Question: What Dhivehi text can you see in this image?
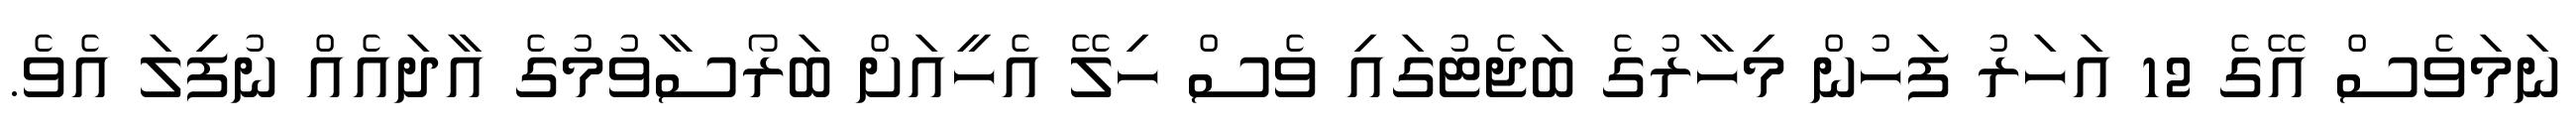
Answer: ނަމަވެސް އޭގެ 12 އަހަރު ފަހުން މިހާރުގެ ބަޖެޓުގައި ވެސް ހިލޭ އެހީއަށް ބަރޯސާވުމުގެ އާދައެއް ނުފިލަ އެވެ.